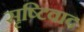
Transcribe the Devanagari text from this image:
सृष्टिवाद